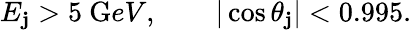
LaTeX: E_{\mathbf{j}}>5~{\mathrm{G}eV},\qquad|\cos\theta_{\mathbf{j}}|<0.995.